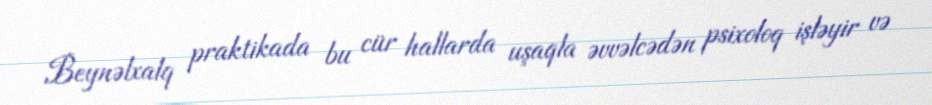
Beynəlxalq praktikada bu cür hallarda uşaqla əvvəlcədən psixoloq işləyir və